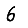
Digit: 6